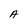
Character: A